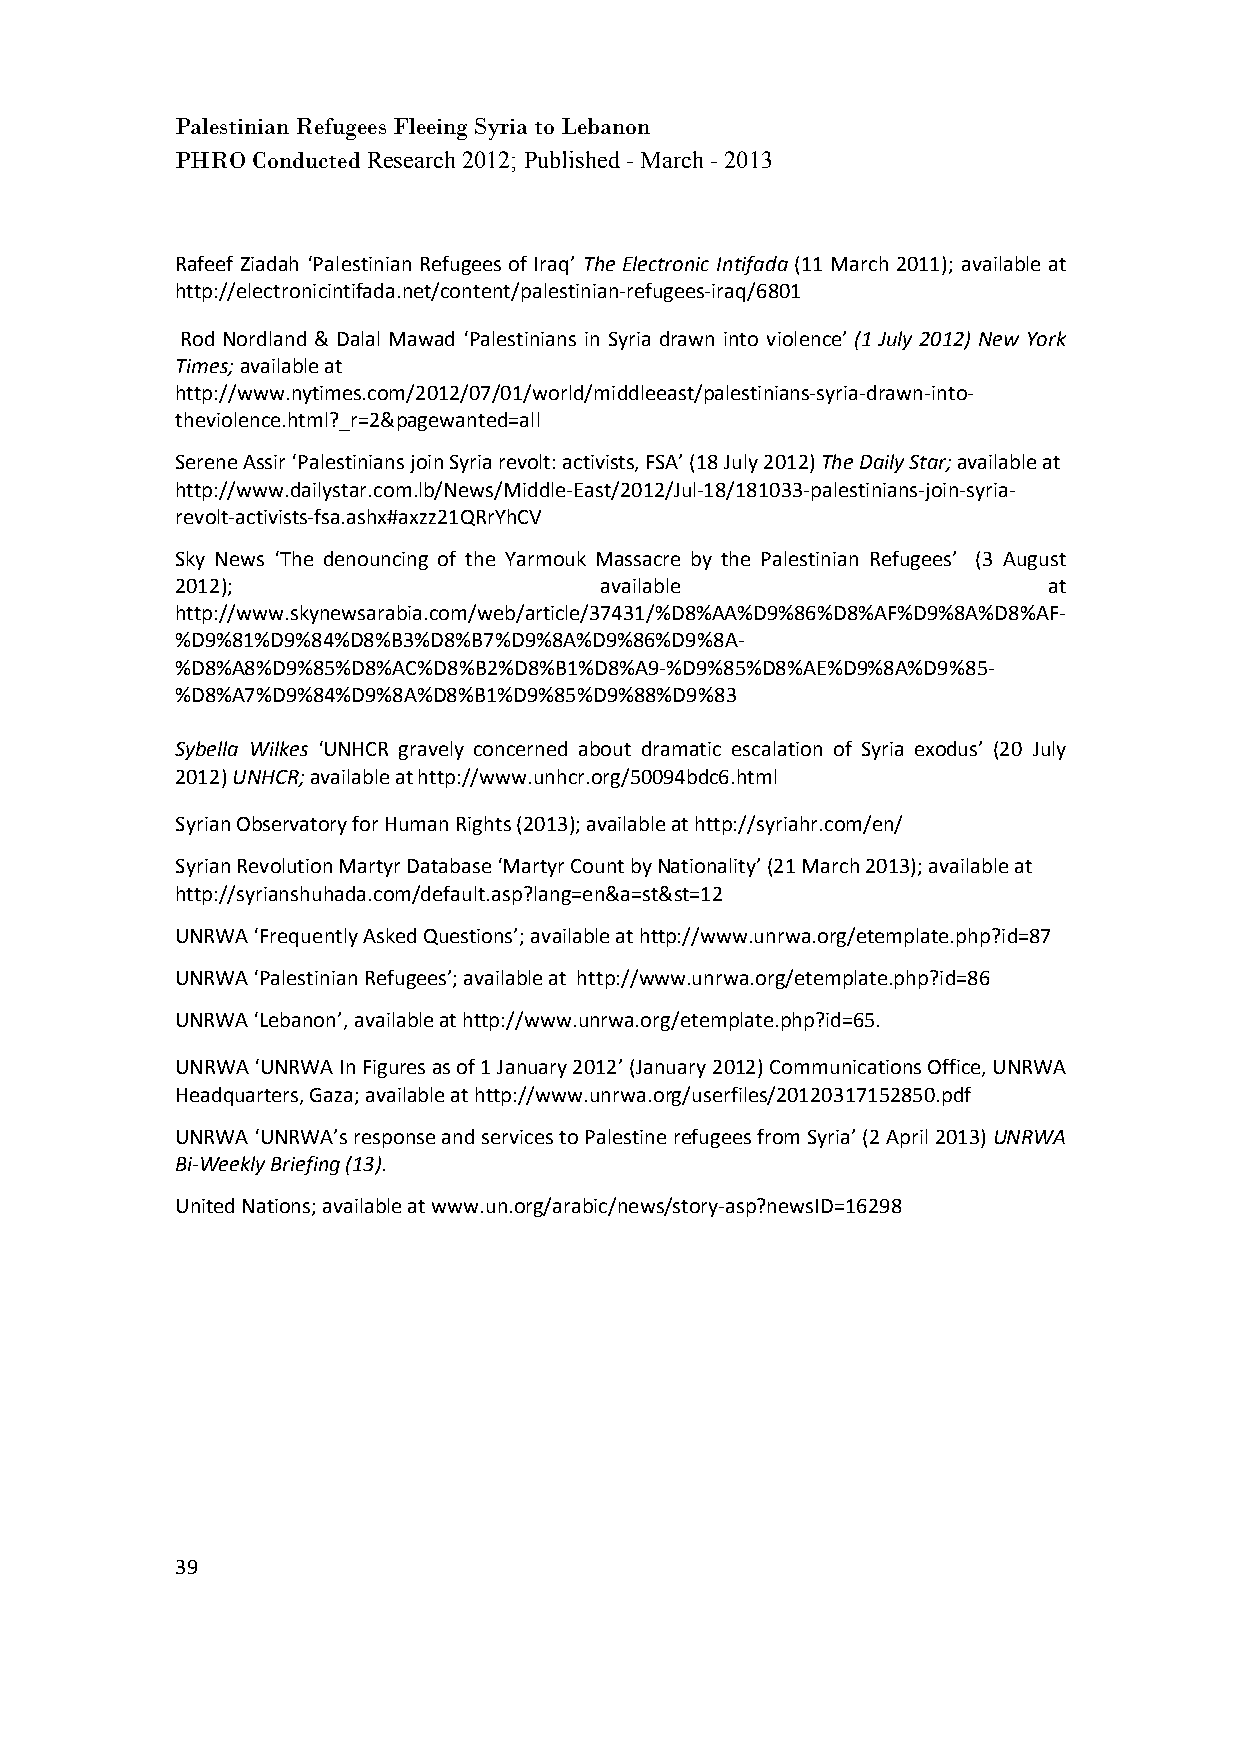
Palestinian Refugees Fleeing Syria to Lebanon
 PHRO Conducted Research 2012; Published - March - 2013
 Rafeef Ziadah ‘Palestinian Refugees of Iraq’ The Electronic Intifada (11 March 2011); available at
 http://electronicintifada.net/content/palestinian-refugees-iraq/6801
 Rod Nordland & Dalal Mawad ‘Palestinians in Syria drawn into violence’ (1 July 2012) New York
 Times; available at
 http://www.nytimes.com/2012/07/01/world/middleeast/palestinians-syria-drawn-into-
 theviolence.html?_r=2&pagewanted=all
 Serene Assir ‘Palestinians join Syria revolt: activists, FSA’ (18 July 2012) The Daily Star; available at
 http://www.dailystar.com.lb/News/Middle-East/2012/Jul-18/181033-palestinians-join-syria-
 revolt-activists-fsa.ashx#axzz21QRrYhCV
 Sky News ‘The denouncing of the Yarmouk Massacre by the Palestinian Refugees’ (3 August
 2012);                      available                    at
 http://www.skynewsarabia.com/web/article/37431/%D8%AA%D9%86%D8%AF%D9%8A%D8%AF-
 %D9%81%D9%84%D8%B3%D8%B7%D9%8A%D9%86%D9%8A-
 %D8%A8%D9%85%D8%AC%D8%B2%D8%B1%D8%A9-%D9%85%D8%AE%D9%8A%D9%85-
 %D8%A7%D9%84%D9%8A%D8%B1%D9%85%D9%88%D9%83
 Sybella Wilkes ‘UNHCR gravely concerned about dramatic escalation of Syria exodus’ (20 July
 2012) UNHCR; available at http://www.unhcr.org/50094bdc6.html
 Syrian Observatory for Human Rights (2013); available at http://syriahr.com/en/
 Syrian Revolution Martyr Database ‘Martyr Count by Nationality’ (21 March 2013); available at
 http://syrianshuhada.com/default.asp?lang=en&a=st&st=12
 UNRWA ‘Frequently Asked Questions’; available at http://www.unrwa.org/etemplate.php?id=87
 UNRWA ‘Palestinian Refugees’; available at http://www.unrwa.org/etemplate.php?id=86
 UNRWA ‘Lebanon’, available at http://www.unrwa.org/etemplate.php?id=65.
 UNRWA ‘UNRWA In Figures as of 1 January 2012’ (January 2012) Communications Office, UNRWA
 Headquarters, Gaza; available at http://www.unrwa.org/userfiles/20120317152850.pdf
 UNRWA ‘UNRWA’s response and services to Palestine refugees from Syria’ (2 April 2013) UNRWA
 Bi-Weekly Briefing (13).
 United Nations; available at www.un.org/arabic/news/story-asp?newsID=16298
 39